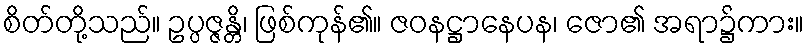
စိတ်တို့သည်။ ဥပ္ပဇ္ဇန္တိ၊ ဖြစ်ကုန်၏။ ဇဝနဋ္ဌာနေပန၊ ဇော၏ အရာ၌ကား။